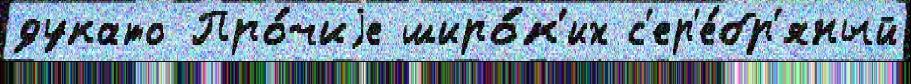
дукато Про́чиjе широ́к'их с'ер'е́бр'яный